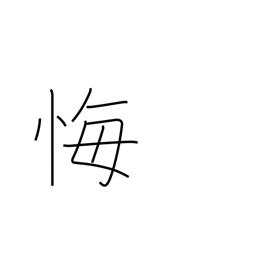
Meaning: regret